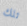
تلك